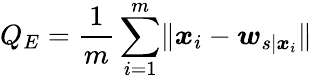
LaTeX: Q_{E}=\frac{1}{m}\sum_{i=1}^{m}\lVert\boldsymbol{x}_{i}-\boldsymbol{w}_{s|\boldsymbol{x}_{i}}\rVert